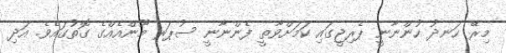
މިރޭ ހަނދު ހުންނާނީ ޕެރިޖީގައި ކަމަށްވާތީ ފެންނާނީ ސުޕަރ މޫންއެއްގެ ގޮތުގައެވެ. އަދި